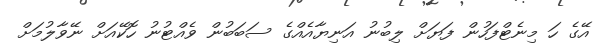
އޭގެ ހަ މިނެޓްފަހުން ފަޔަށް ލިބުނު އަނިޔާއެއްގެ ސަބަބުން ވެއްޓުނު ހޮކޭއަށް ނޭވާލުމަށް